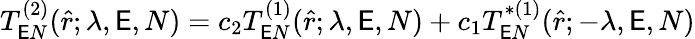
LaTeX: T_{\mathsf{E}N}^{(2)}(\hat{{r}};\lambda,\mathsf{E},N)=c_{2}T_{\mathsf{E}N}^{(1)}(\hat{{r}};\lambda,\mathsf{E},N)+c_{1}T_{\mathsf{E}N}^{*(1)}(\hat{{r}};-\lambda,\mathsf{E},N)